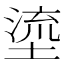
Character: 𡏬